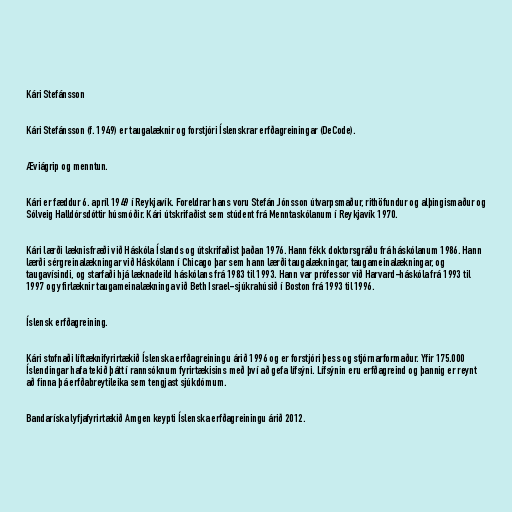
Kári Stefánsson

Kári Stefánsson (f. 1949) er taugalæknir og forstjóri Íslenskrar erfðagreiningar (DeCode).

Æviágrip og menntun.

Kári er fæddur 6. apríl 1949 í Reykjavík. Foreldrar hans voru Stefán Jónsson útvarpsmaður, rithöfundur og alþingismaður og
Sólveig Halldórsdóttir húsmóðir. Kári útskrifaðist sem stúdent frá Menntaskólanum í Reykjavík 1970.

Kári lærði læknisfræði við Háskóla Íslands og útskrifaðist þaðan 1976. Hann fékk doktorsgráðu frá háskólanum 1986. Hann
lærði sérgreinalækningar við Háskólann í Chicago þar sem hann lærði taugalækningar, taugameinalækningar, og
taugavísindi, og starfaði hjá læknadeild háskólans frá 1983 til 1993. Hann var prófessor við Harvard-háskóla frá 1993 til
1997 og yfirlæknir taugameinalækninga við Beth Israel-sjúkrahúsið í Boston frá 1993 til 1996.

Íslensk erfðagreining.

Kári stofnaði líftæknifyrirtækið Íslenska erfðagreiningu árið 1996 og er forstjóri þess og stjórnarformaður. Yfir 175.000
Íslendingar hafa tekið þátt í rannsóknum fyrirtækisins með því að gefa lífsýni. Lífsýnin eru erfðagreind og þannig er reynt
að finna þá erfðabreytileika sem tengjast sjúkdómum.

Bandaríska lyfjafyrirtækið Amgen keypti Íslenska erfðagreiningu árið 2012.